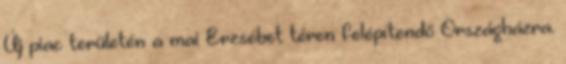
Új piac területén a mai Erzsébet téren felépítendő Országházra.